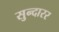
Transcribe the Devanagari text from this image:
सुन्दारर